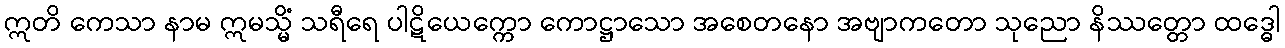
ဣတိ ကေသာ နာမ ဣမသ္မိံ သရီရေ ပါဋိယေက္ကော ကောဋ္ဌာသော အစေတနော အဗျာကတော သုညော နိဿတ္တော ထဒ္ဓေါ